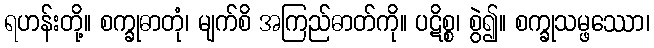
ရဟန်းတို့။ စက္ခုဓာတုံ၊ မျက်စိ အကြည်ဓာတ်ကို။ ပဋိစ္စ၊ စွဲ၍။ စက္ခုသမ္ဖဿော၊